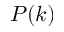
P ( k )